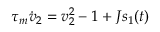
\tau _ { m } \dot { v } _ { 2 } = v _ { 2 } ^ { 2 } - 1 + J s _ { 1 } ( t )